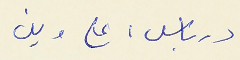
درباس : على وين